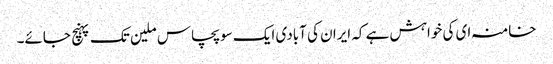
خامنہ ای کی خواہش ہے کہ ایران کی آبادی ایک سو پچاس ملین تک پہنچ جائے۔